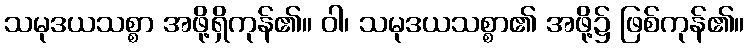
သမုဒယသစ္စာ အဖို့ရှိကုန်၏။ ဝါ၊ သမုဒယသစ္စာ၏ အဖို့၌ ဖြစ်ကုန်၏။